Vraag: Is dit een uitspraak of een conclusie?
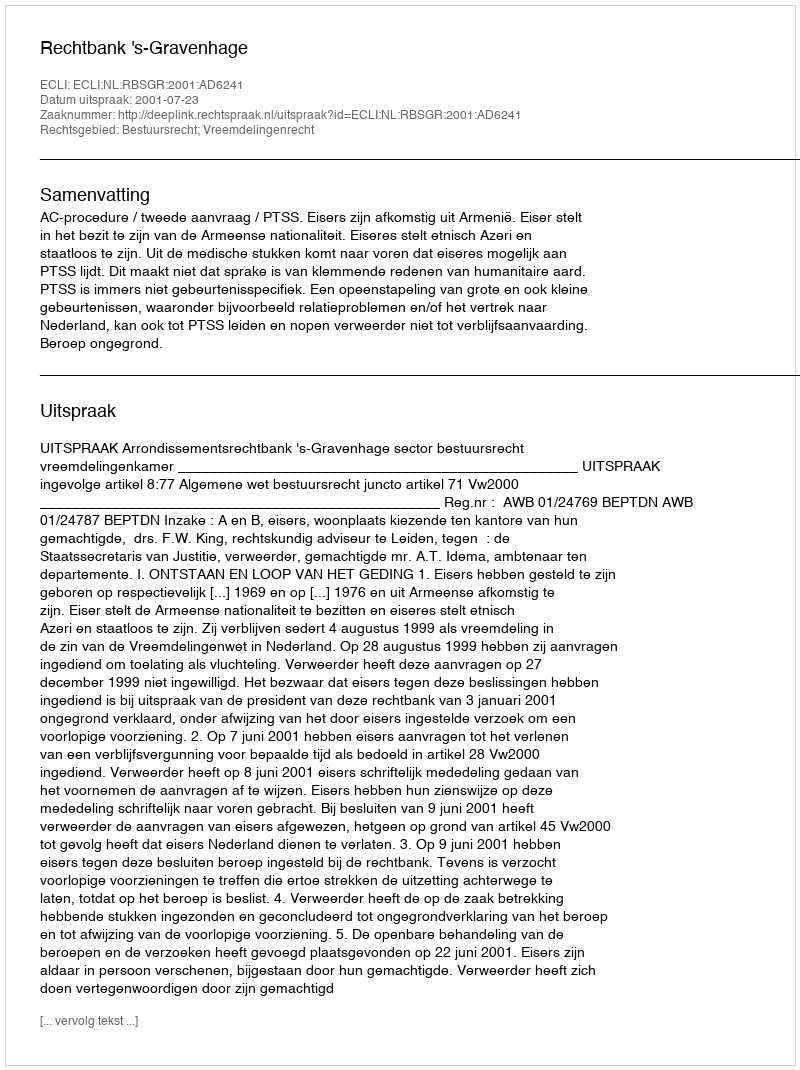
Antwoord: Uitspraak